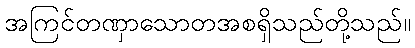
အကြင်တဏှာသောတအစရှိသည်တို့သည်။